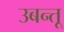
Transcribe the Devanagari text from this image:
उबन्तू